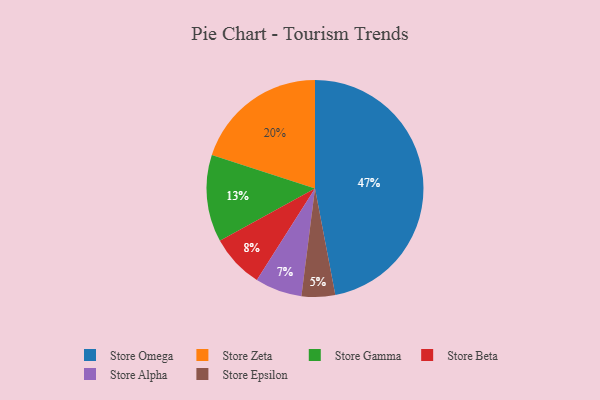
{"axis": {"x": "Category", "y": "Percentage"}, "legend": ["Store Alpha", "Store Beta", "Store Epsilon", "Store Gamma", "Store Omega", "Store Zeta"], "data": [{"x": "Store Omega", "y": 47, "type": "Store Omega"}, {"x": "Store Epsilon", "y": 5, "type": "Store Epsilon"}, {"x": "Store Beta", "y": 8, "type": "Store Beta"}, {"x": "Store Gamma", "y": 13, "type": "Store Gamma"}, {"x": "Store Zeta", "y": 20, "type": "Store Zeta"}, {"x": "Store Alpha", "y": 7, "type": "Store Alpha"}]}